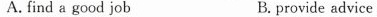
A. find a good job B. provide advice